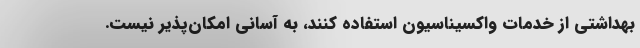
بهداشتی از خدمات واکسیناسیون استفاده کنند، به آسانی امکان‌پذیر نیست.